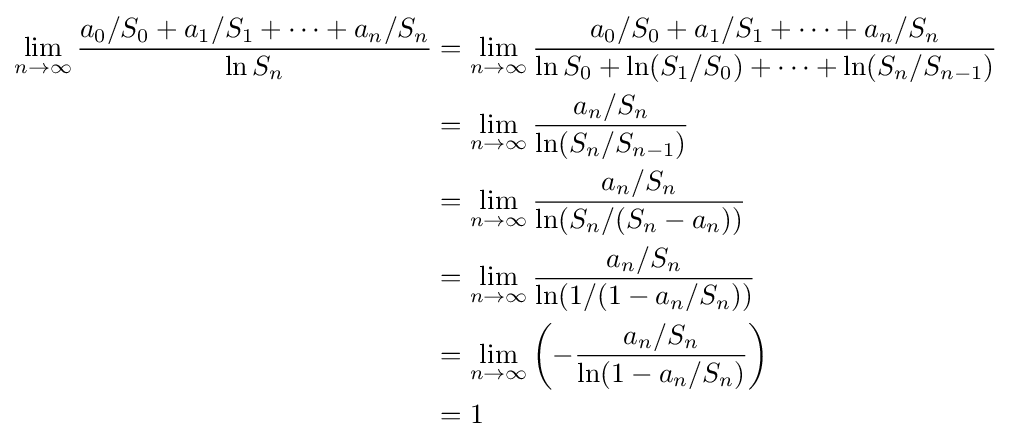
{\begin{aligned}\lim _{n\to \infty }{\frac {a_{0}/S_{0}+a_{1}/S_{1}+\cdots +a_{n}/S_{n}}{\ln S_{n}}}&=\lim _{n\to \infty }{\frac {a_{0}/S_{0}+a_{1}/S_{1}+\cdots +a_{n}/S_{n}}{\ln S_{0}+\ln(S_{1}/S_{0})+\cdots +\ln(S_{n}/S_{n-1})}}\\&=\lim _{n\to \infty }{\frac {a_{n}/S_{n}}{\ln(S_{n}/S_{n-1})}}\\&=\lim _{n\to \infty }{\frac {a_{n}/S_{n}}{\ln(S_{n}/(S_{n}-a_{n}))}}\\&=\lim _{n\to \infty }{\frac {a_{n}/S_{n}}{\ln(1/(1-a_{n}/S_{n}))}}\\&=\lim _{n\to \infty }\left(-{\frac {a_{n}/S_{n}}{\ln(1-a_{n}/S_{n})}}\right)\\&=1\end{aligned}}